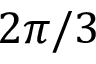
2 \pi / 3